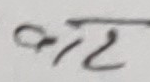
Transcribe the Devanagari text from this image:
आर्ट